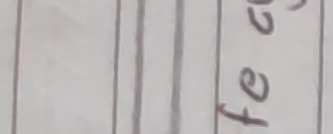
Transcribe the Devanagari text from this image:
यूफे